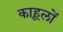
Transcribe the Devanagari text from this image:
काहूलों